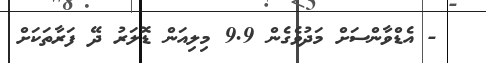
- އެޑްވާންސަށް މަދުވެގެން 9.9 މިލިއަން ޑޮލަރު ދޭ ފަރާތަކަށް